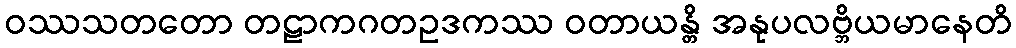
ဝဿသတတော တဠာကဂတဥဒကဿ ဝတာယန္တိ အနုပလဗ္ဘိယမာနေတိ